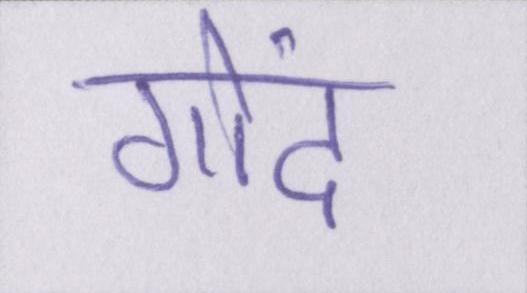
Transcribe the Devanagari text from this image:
गोंद